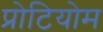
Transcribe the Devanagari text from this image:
प्रोटियोम